Source: Handwritten
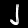
Digit: ၂ (2)